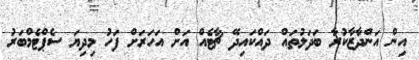
އިން އަންދާޒާކުރާ ބަދަލުތައް ދައްކައިދޭ ޗާޓެއް އަށް އަހަރަށް ފަހު މިދިޔަ ސެޕްޓެމްބަރު